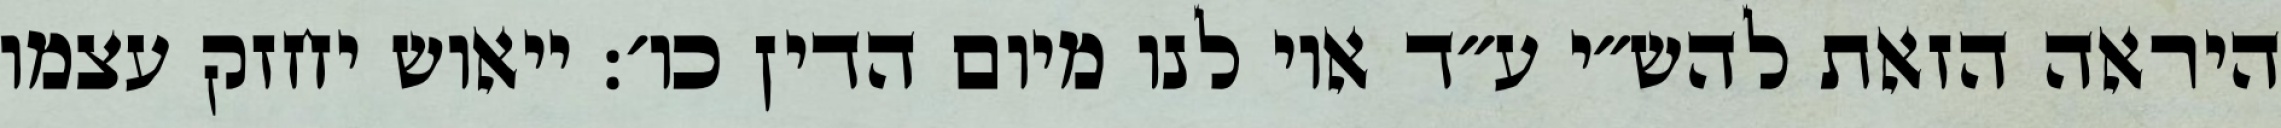
היראה הזאת להש״י ע״ד אוי לנו מיום הדין כו׳: ייאוש יחזק עצמו